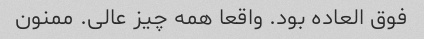
فوق العاده بود. واقعا همه چیز عالی. ممنون